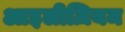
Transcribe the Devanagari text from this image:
आइलीज़ियम